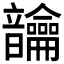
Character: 𬰾